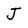
Character: J